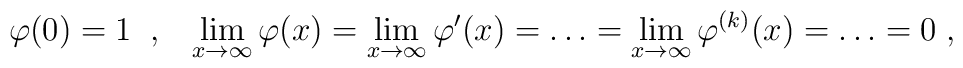
\varphi (0) = 1\;\;,\;\;\;\lim_{x\to\infty} \varphi(x) = \lim_{x\to\infty} \varphi'(x) = \ldots = \lim_{x\to\infty} \varphi^{(k)}(x) = \ldots = 0\;,